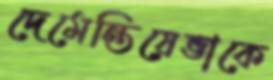
দেমেন্তিয়েভাকে